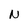
Character: N